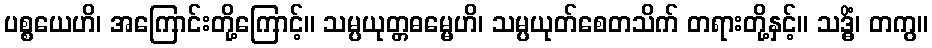
ပစ္စယေဟိ၊ အကြောင်းတို့ကြောင့်။ သမ္ပယုတ္တဓမ္မေဟိ၊ သမ္ပယုတ်စေတသိက် တရားတို့နှင့်။ သဒ္ဓိံ၊ တကွ။